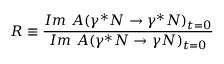
R \equiv \frac { I m ~ { \cal A } ( \gamma ^ { * } N \rightarrow \gamma ^ { * } N ) _ { t = 0 } } { I m ~ { \cal A } ( \gamma ^ { * } N \rightarrow \gamma N ) _ { t = 0 } }